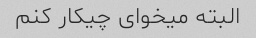
البته میخوای چیکار کنم